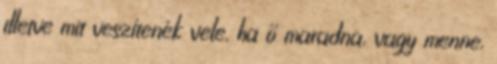
illetve mit veszítenék vele, ha ő maradna, vagy menne,